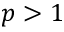
p > 1